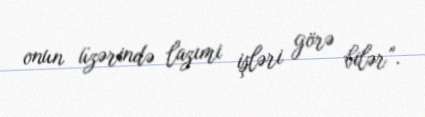
onun üzərində lazımi işləri görə bilər”.